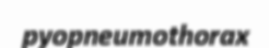
pyopneumothorax